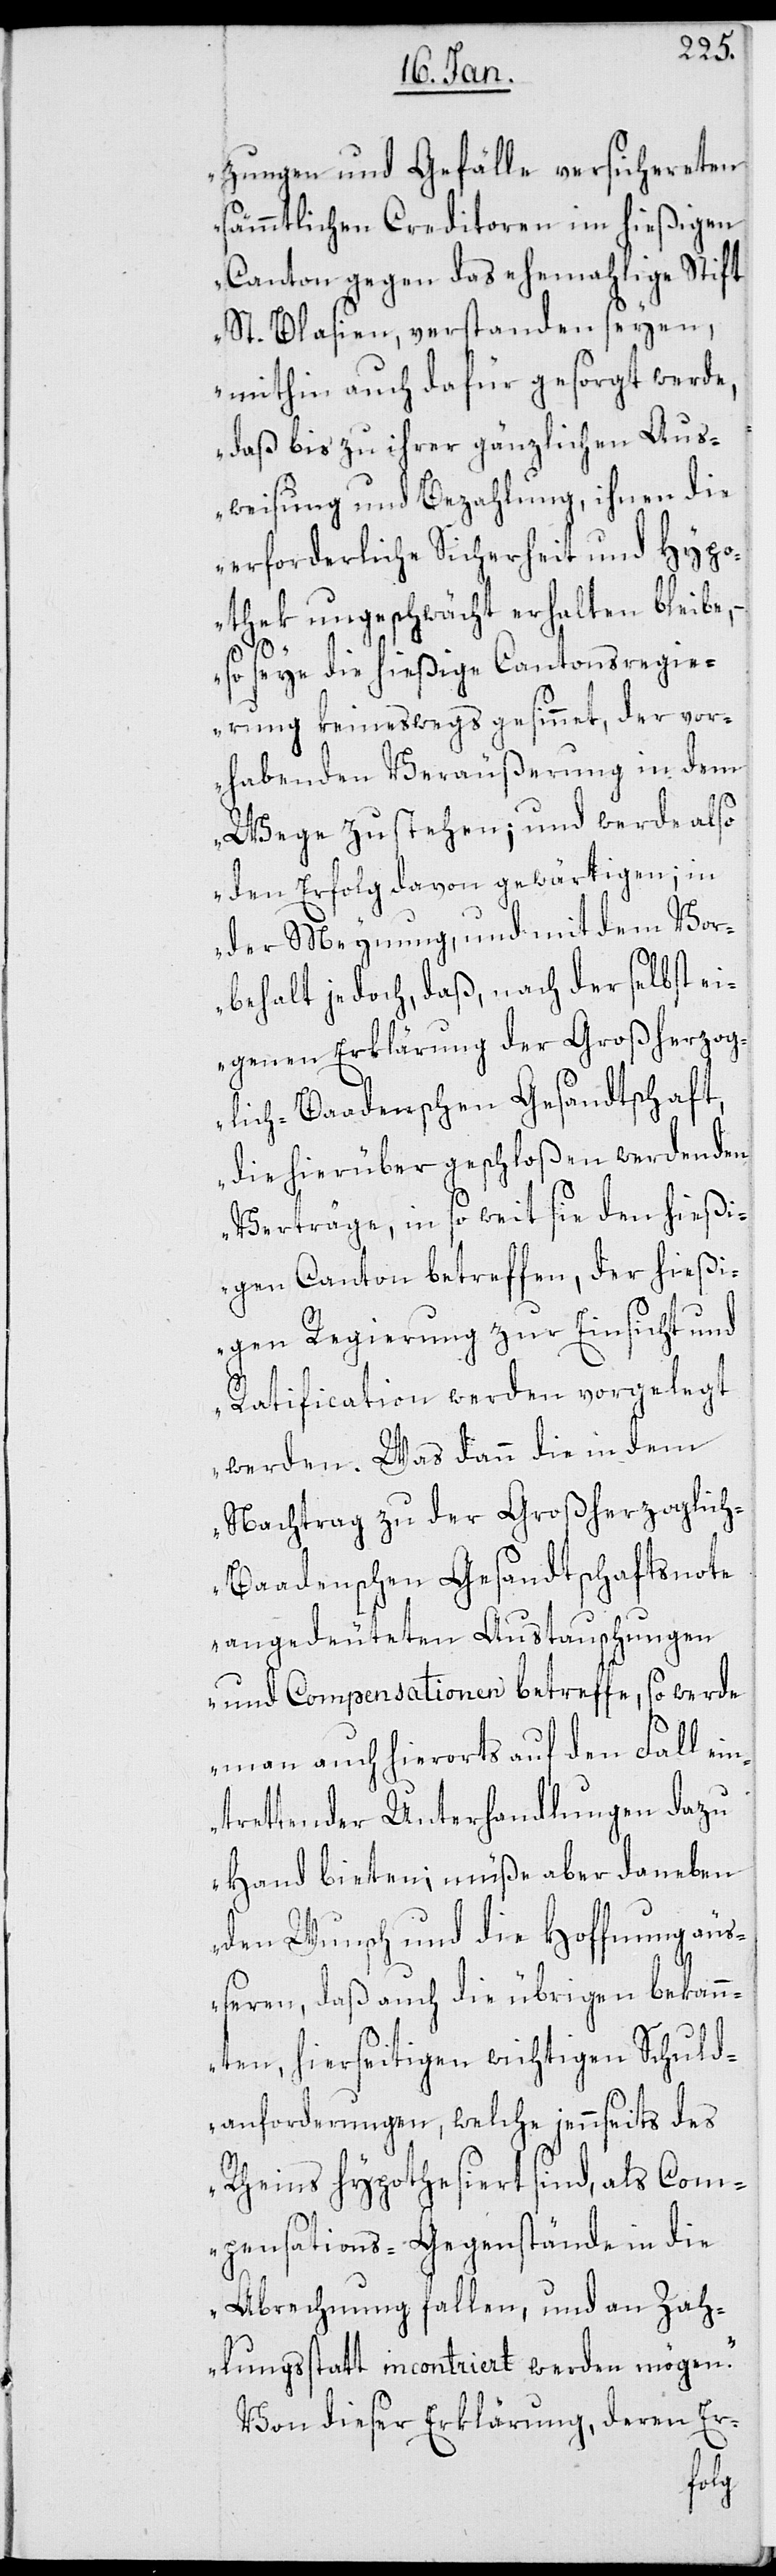
zungen und Gefälle versichereten
sämmtlichen Creditoren im hießigen
Canton gegen das ehemahlige Stift
St. Blasien, verstanden seyen,
mithin auch dafür gesorgt werde,
daß bis zu ihrer gänzlichen Aus¬
weisung und Bezahlung, ihnen die
erforderliche Sicherheit und Hypo¬
thek ungeschwächt erhalten bleibe,
so seye die hießige Cantonsregie¬
rung keineswegs gesinnet, der vor¬
habenden Veräußerung in dem
Wege zu stehen; und werde also
den Erfolg davon gewärtigen; in
der Meynung, und mit dem Vor¬
behalt jedoch, daß nach der selbst ei¬
genen Erklärung der Großherzog¬
lich-Baadenschen Gesandtschaft,
die hierüber geschloßen werdenden
Verträge, in so weit sie den hießi¬
gen Canton betreffen, der hießi¬
gen Regierung zur Einsicht und
Ratification werden vorgelegt
werden. Was dann die in dem
Nachtrag zu der Großherzoglic¬
h-Baadenschen Gesandtschaftsnote
angedeuteten Austauschungen
und Compensationen betreffe, so werde
man auch hierorts auf den Fall ein¬
trettender Unterhandlungen dazu
Hand bieten; müße aber daneben
den Wunsch und die Hoffnung äuß¬
eren, daß auch die übrigen bekan¬
nten, hierseitigen wichtigen Schuld¬
anforderungen, welche jennseits des
Rheins hypothesiert sind, als Com¬
pensations-Gegenstände in die
Abrechnung fallen, und an Zah¬
lungsstatt incontriert werden mögen.“
Von dieser Erklärung, deren Er-